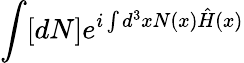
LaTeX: \int[dN]e^{i\int d^{3}xN(x){\hat{H}}(x)}